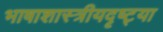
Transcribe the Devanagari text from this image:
भाषाशास्त्रीयदृष्ट्या